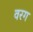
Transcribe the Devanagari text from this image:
वरग